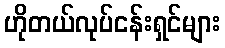
ဟိုတယ်လုပ်ငန်းရှင်များ